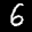
Label: 6